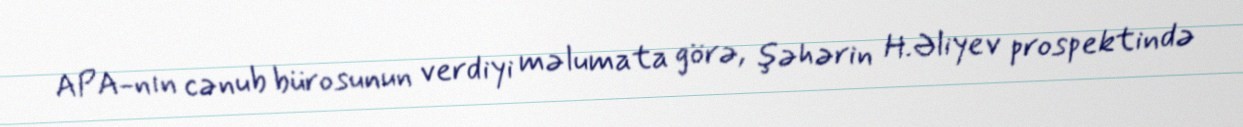
APA-nın cənub bürosunun verdiyi məlumata görə, şəhərin H.Əliyev prospektində